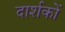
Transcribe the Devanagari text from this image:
दार्शकों